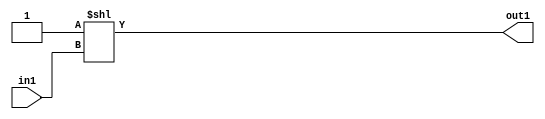
`timescale 1ps / 1ps
/*****************************************************************************
    Verilog RTL Description
    
    
    Created by: CellMath Designer 2019.1.01 
*******************************************************************************/

module DFT_compute_DECODE_4U_4_4 (
	in1,
	out1
	); /* architecture "behavioural" */ 
input [1:0] in1;
output [3:0] out1;
wire [3:0] asc001;

assign asc001 = 4'B0001 << in1;

assign out1 = asc001;
endmodule

/* CADENCE  urjySgk= : u9/ySgnWtBlWxVPRXgAZ4Og= ** DO NOT EDIT THIS LINE ******/